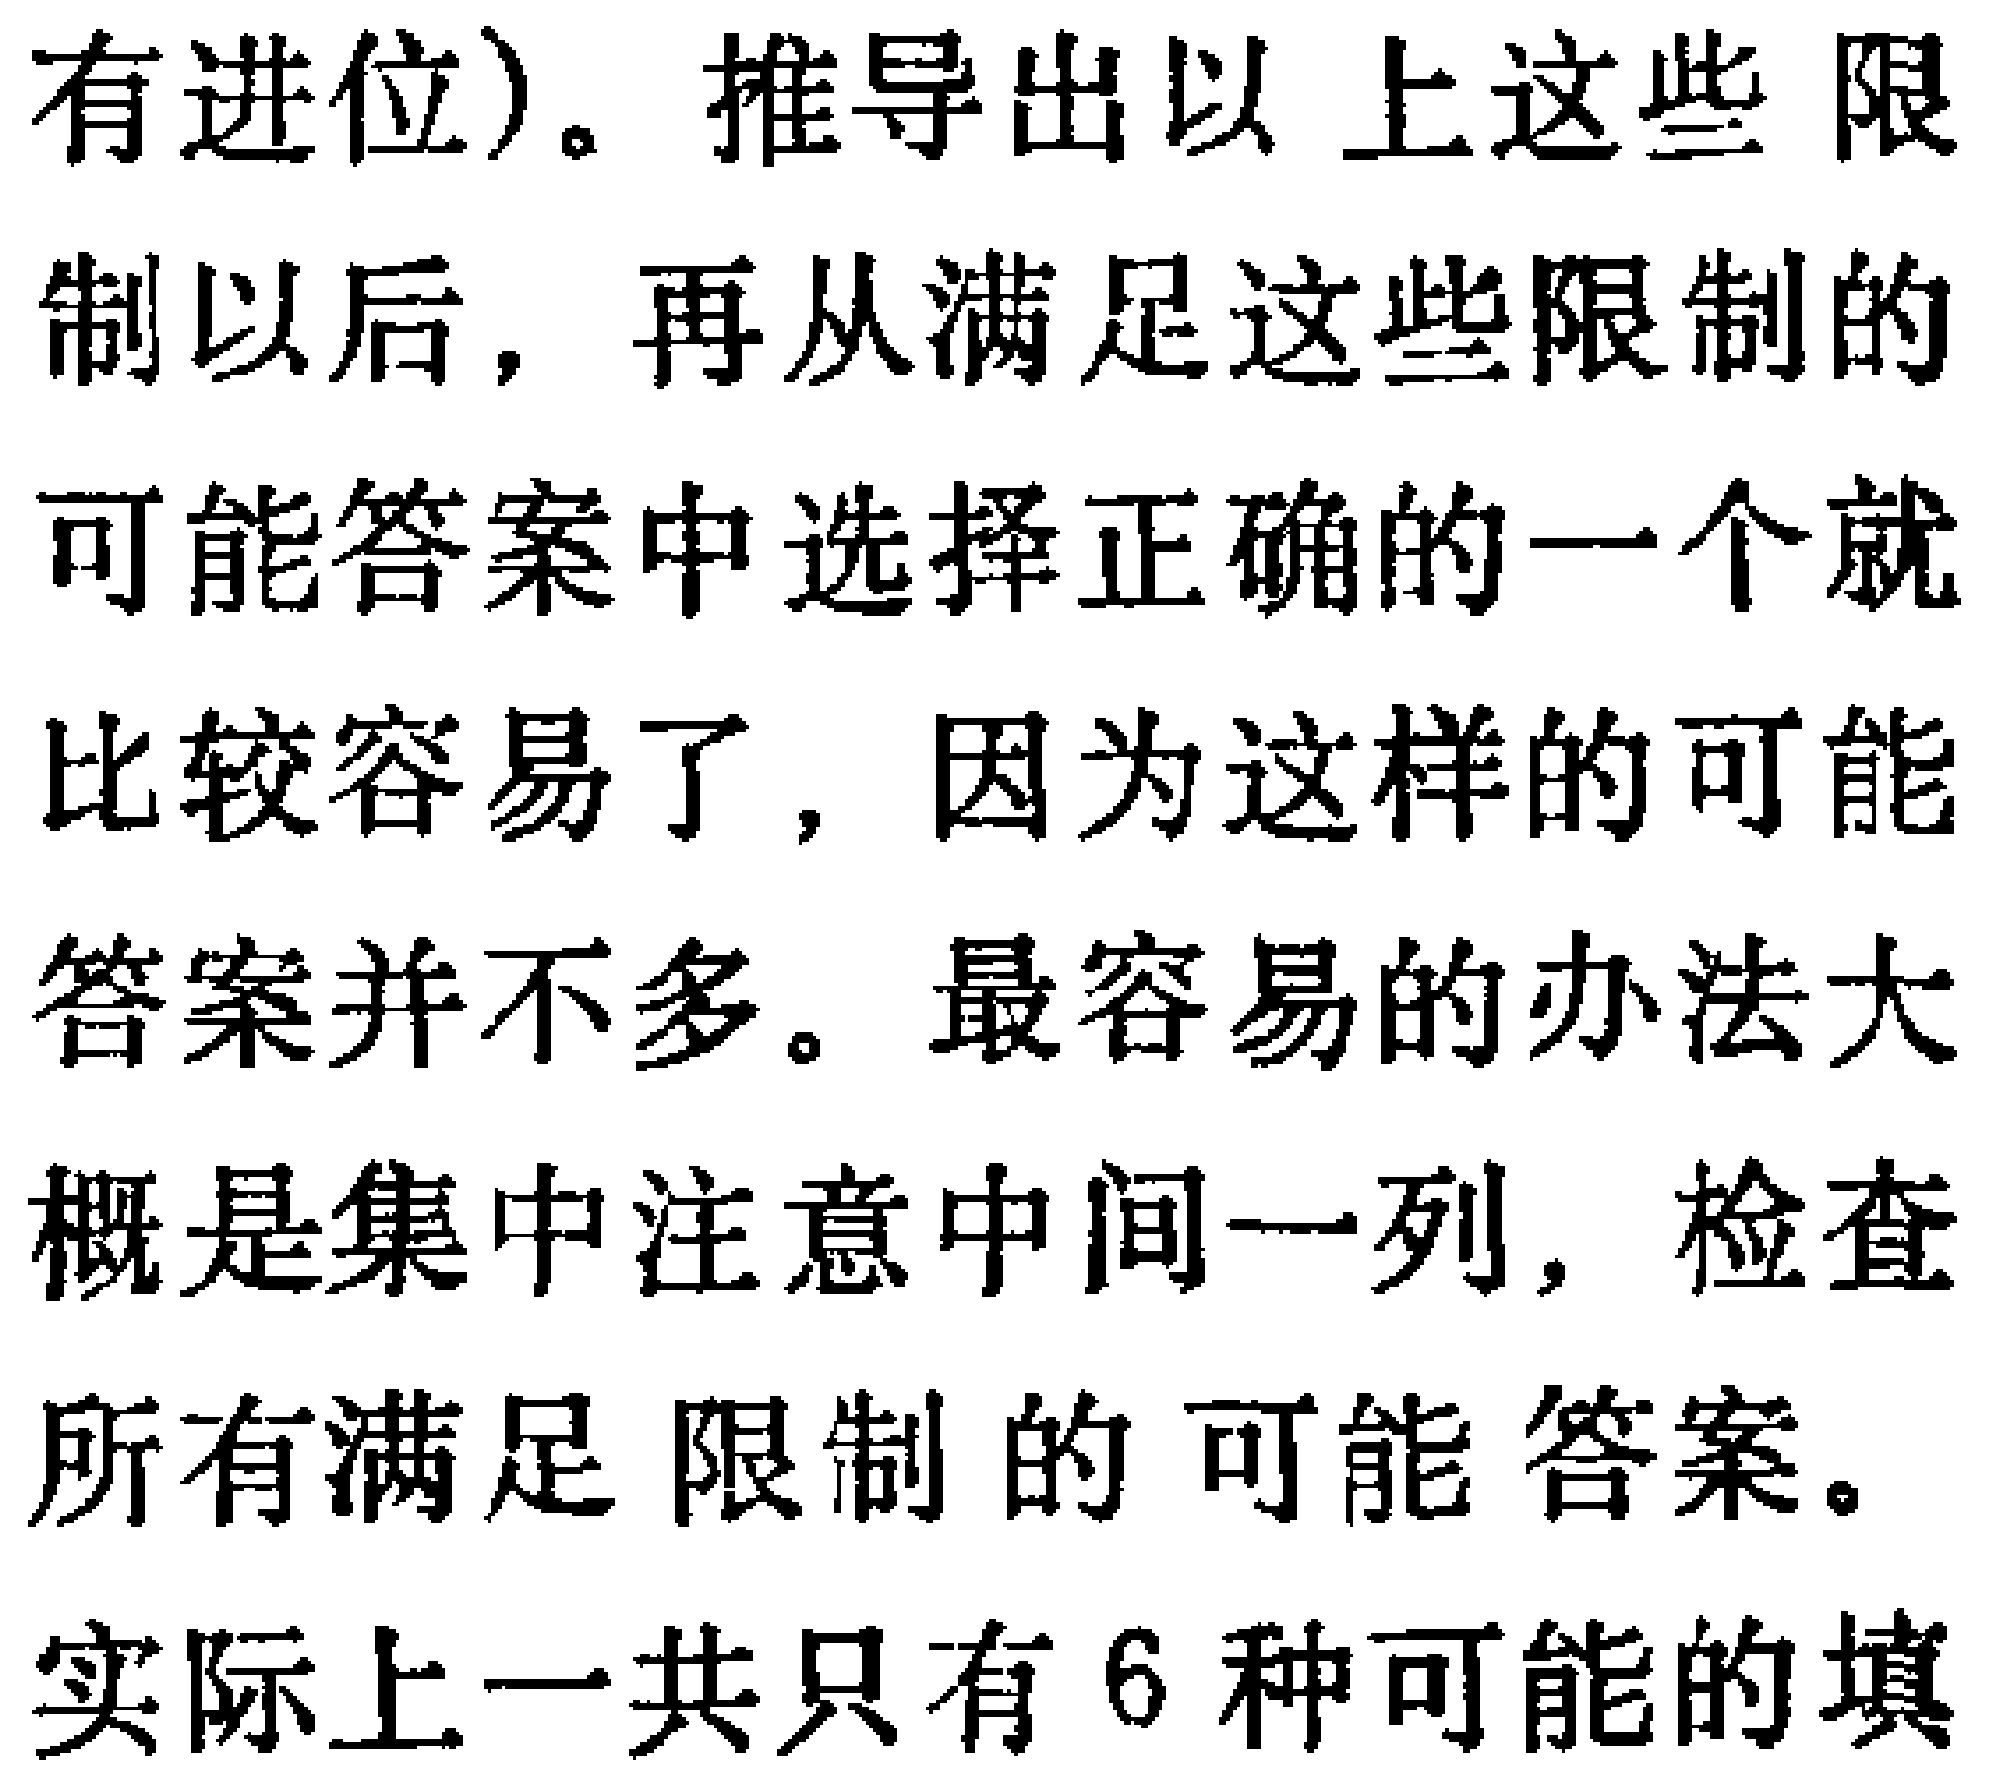
有进位)。推导出以上这些限制以后，再从满足这些限制的可能答案中选择正确的一个就比较容易了，因为这样的可能答案并不多。最容易的办法大概是集中注意中间一列，检查所有满足限制的可能答案。实际上一共只有6种可能的填